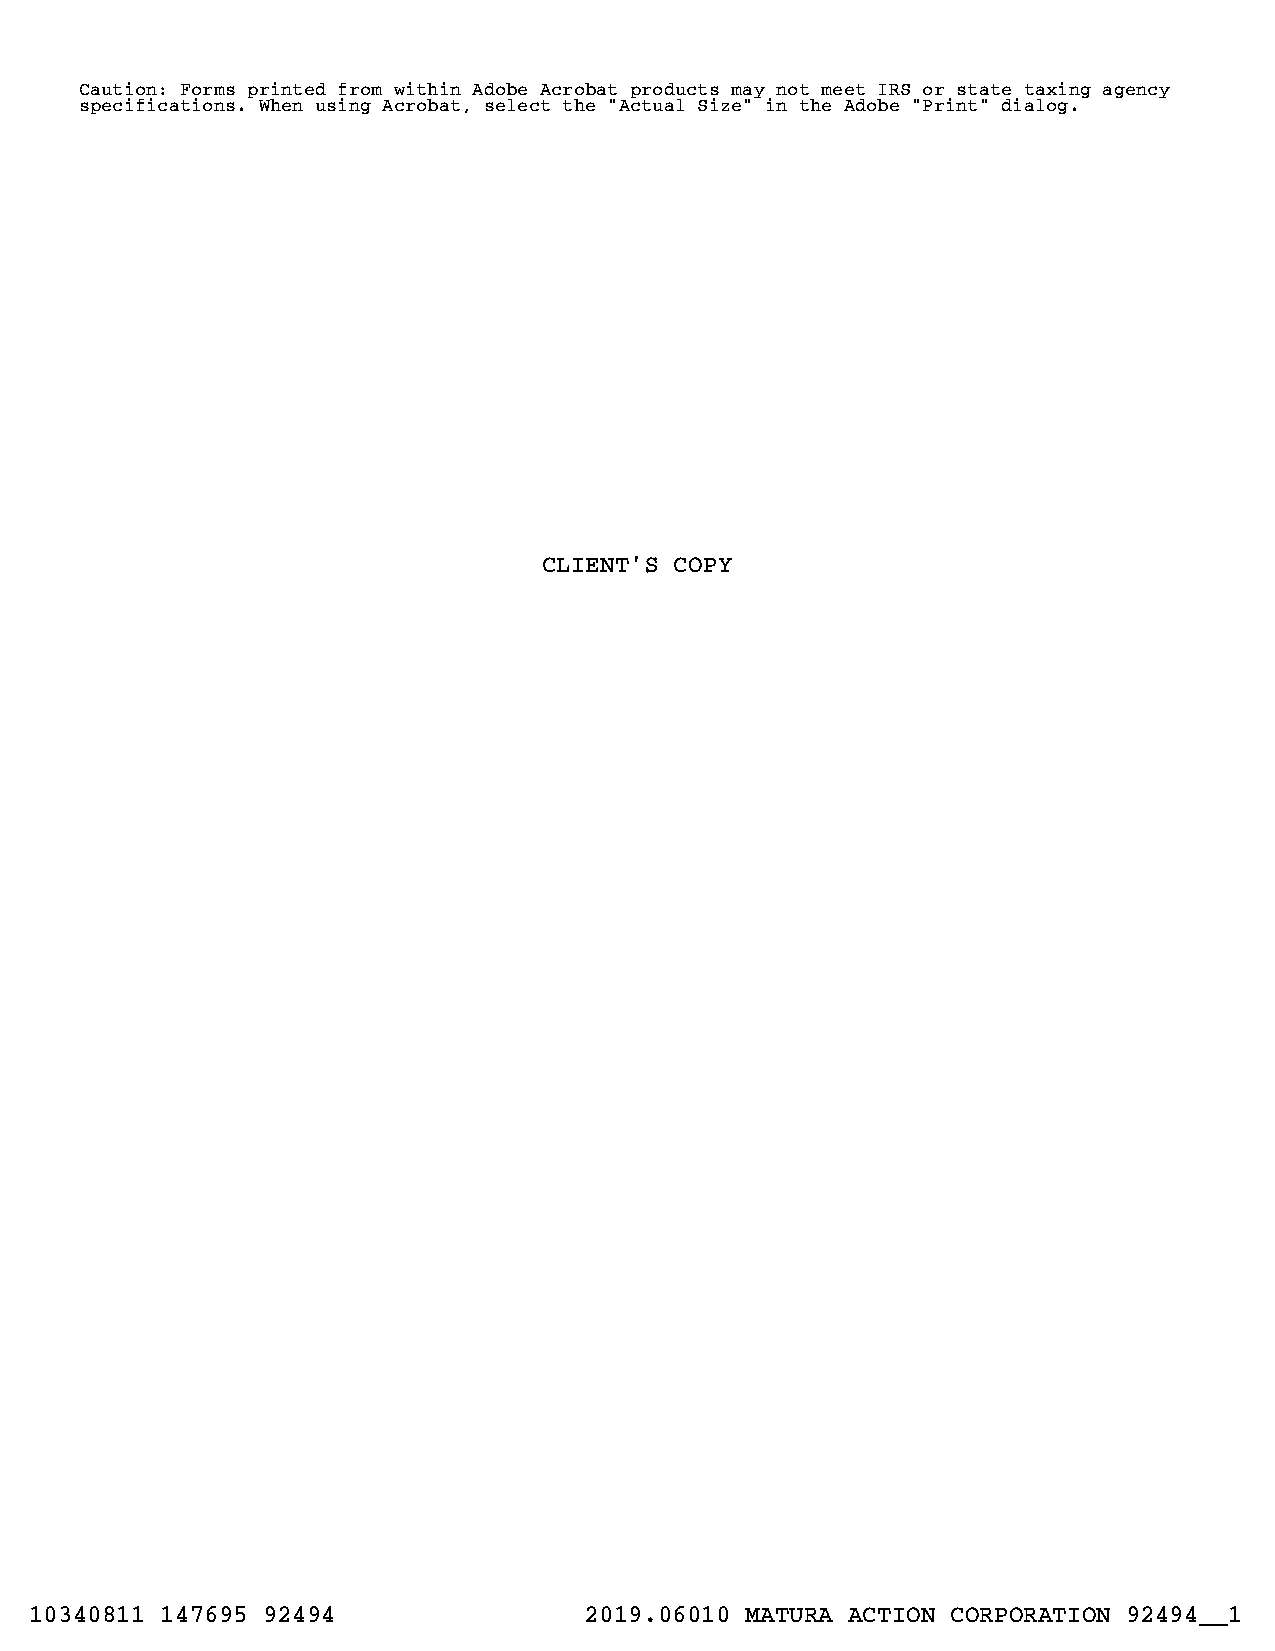
Caution: Forms printed from within Adobe Acrobat products may not meet IRS or state taxing agency
 specifications. When using Acrobat, select the "Actual Size" in the Adobe "Print" dialog.
 CLIENT'S COPY
 10340811 147695 92494                2019.06010 MATURA ACTION CORPORATION 92494__1